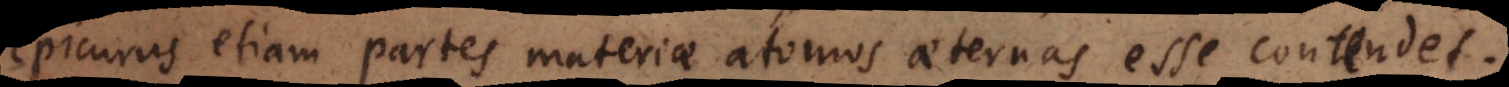
Epicurus etiam partes materiae atomos aeternas esse contendet.